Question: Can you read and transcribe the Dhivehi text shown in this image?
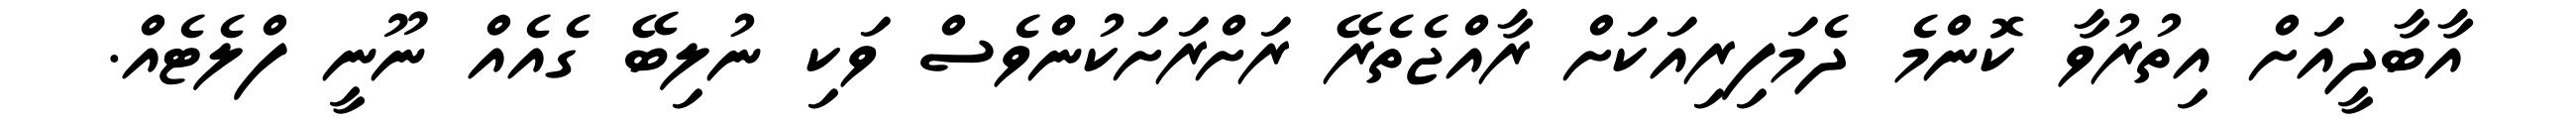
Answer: އާބާދީއަށް އިތުރުވާ ކޮންމެ ދެމަފިރިއަކަށް ރާއްޖެތެރޭ ރަށްރަށަކުންވެސް ވަކި ނުލިބޭ ގެއެއް ނޫނީ ފްލެޓެއް.